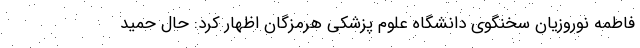
فاطمه نوروزیان سخنگوی دانشگاه علوم پزشکی هرمزگان اظهار کرد: حال حمید